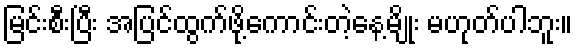
မြင်းစီးပြီး အပြင်ထွက်ဖို့ကောင်းတဲ့နေ့မျိုး မဟုတ်ပါဘူး။